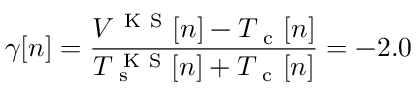
\gamma [ n ] = \frac { V ^ { \mathrm { ~ K ~ S ~ } } [ n ] - T _ { \mathrm { ~ c ~ } } [ n ] } { T _ { \mathrm { ~ s ~ } } ^ { \mathrm { ~ K ~ S ~ } } [ n ] + T _ { \mathrm { ~ c ~ } } [ n ] } = - 2 . 0